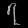
Digit: ၇